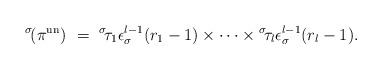
LaTeX: \begin{align*}{}^\sigma\!(\pi^{\rm un}) \ = \ {}^\sigma\!\tau_1\epsilon_\sigma^{l-1}(r_1-1) \times \cdots \times {}^\sigma\!\tau_l \epsilon_\sigma^{l-1}(r_l-1).\end{align*}